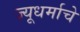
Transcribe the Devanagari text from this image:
ज्यूधर्माचे